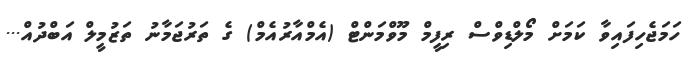
ހަމަޖެހިފައިވާ ކަމަށް މޯލްޑިވްސް ރިފީމް މޫވްމަންޓް (އެމްއާރުއެމް) ގެ ތަރުޖަމާނު ތަޒުމީލް އަބްދުއް...